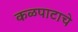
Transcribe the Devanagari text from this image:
कळपाटाचे